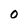
Character: 0